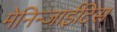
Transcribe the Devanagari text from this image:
मेनिन्जाईटिस